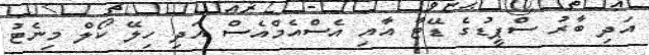
އަދި ބާރު ސްޕީޑުގެ ޑޭޓާ އާއި އެސްއެމްއެސް އަދި ހިލޭ ކޯލް މިނެޓު